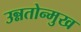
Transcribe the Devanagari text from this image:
उन्नतोन्मुख